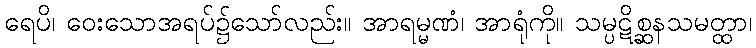
ရေပိ၊ ဝေးသောအရပ်၌သော်လည်း။ အာရမ္မဏံ၊ အာရုံကို။ သမ္ပဋိစ္ဆနသမတ္ထာ၊